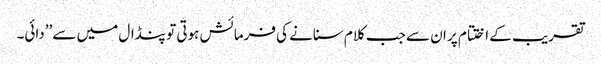
تقریب کے اختتام پر ان سے جب کلام سنانے کی فرمائش ہوتی تو پنڈال میں سے ’’دائی۔